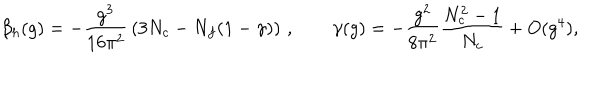
{ \beta _ { h } } ( g ) = - { \frac { g ^ { 3 } } { 1 6 \pi ^ { 2 } } } \left( 3 N _ { c } - N _ { f } ( 1 - \gamma ) \right) \, , \qquad \gamma ( g ) = - { \frac { g ^ { 2 } } { 8 \pi ^ { 2 } } } { \frac { N _ { c } ^ { 2 } - 1 } { N _ { c } } } + O ( g ^ { 4 } ) ,